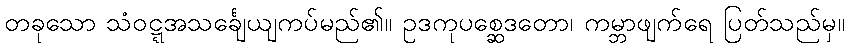
တခုသော သံဝဋ္ဋအသင်္ချေယျကပ်မည်၏။ ဥဒကုပစ္ဆေဒတော၊ ကမ္ဘာဖျက်ရေ ပြတ်သည်မှ။